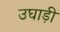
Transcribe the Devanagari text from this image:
उघाड़ी